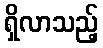
ရှိလာသည့်